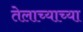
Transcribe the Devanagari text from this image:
तेलाच्याच्या